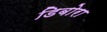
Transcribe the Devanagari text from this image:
डिबोरा